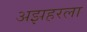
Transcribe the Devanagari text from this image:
अझहरला